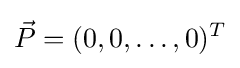
{\vec {P}}=(0,0,\ldots ,0)^{T}